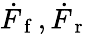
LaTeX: \dot{F}_{\mathrm{~f~}},\dot{F}_{\mathrm{~r~}}